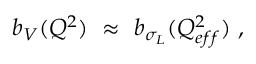
b _ { V } ( Q ^ { 2 } ) ~ \approx ~ b _ { \sigma _ { L } } ( Q _ { e f f } ^ { 2 } ) \ ,